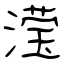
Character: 滢